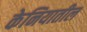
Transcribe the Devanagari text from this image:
केनियातील